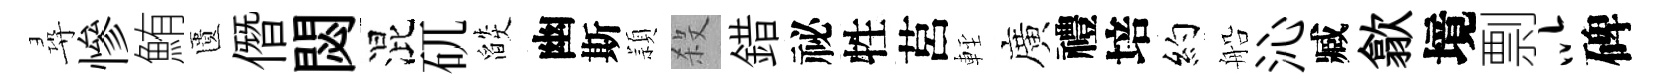
尋慘鮪匱僭閟混矹燄幽斯頴殺錯祕牲莒䡖廣禮培約船沁臧歙境剽以碑